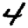
Digit: 4